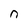
Character: n